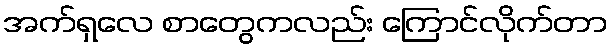
အက်ရှလေ စာတွေကလည်း ကြောင်လိုက်တာ